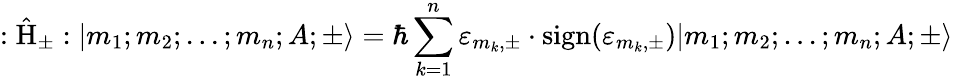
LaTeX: :\hat{\mathrm{H}}_{\pm}:|m_{1};m_{2};...;m_{n};A;\pm\rangle=\hbar\sum_{k=1}^{n}{\varepsilon}_{m_{k},\pm}\cdot\mathrm{sign}({\varepsilon}_{m_{k},\pm})|m_{1};m_{2};...;m_{n};A;\pm\rangle